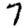
Digit: 7